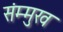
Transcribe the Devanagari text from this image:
संम्मुख